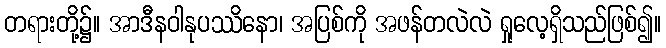
တရားတို့၌။ အာဒီနဝါနုပဿိနော၊ အပြစ်ကို အဖန်တလဲလဲ ရှုလေ့ရှိသည်ဖြစ်၍။